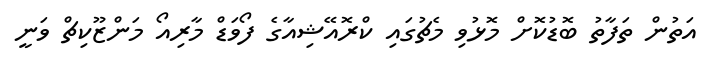
އަތުން ތަފާތު ބޮޑުކޮށް މޮޅުވި މެޗުގައި ކްރޮއޭޝިއާގެ ފޯވަޑް މާރިއޯ މަންޒޫކިޗް ވަނީ